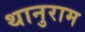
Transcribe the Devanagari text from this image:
थानुराम